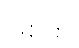
ဖြစ်မှာ